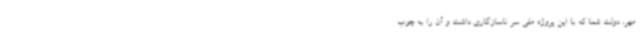
مهر، دولت شما که با این پروژه ملی سر ناسازگاری داشت و آن را به چوب